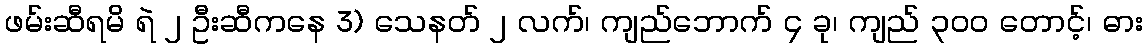
ဖမ်းဆီရမိ ရဲ ၂ ဦးဆီကနေ 3) သေနတ် ၂ လက်၊ ကျည်ဘောက် ၄ ခု၊ ကျည် ၃၀၀ တောင့်၊ ဓား